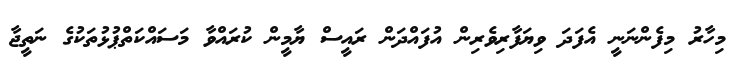
މިހާރު މިފެންނަނީ އެފަދަ ވިޔަފާރިވެރިން އުފައްދަން ރައީސް ޔާމީން ކުރައްވާ މަސައްކަތްޕުޅުތަކުގެ ނަތީޖާ